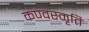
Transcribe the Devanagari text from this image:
कण्वस्मृति